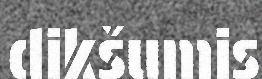
dikšumis